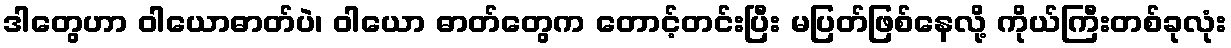
ဒါတွေဟာ ဝါယောဓာတ်ပဲ၊ ဝါယော ဓာတ်တွေက တောင့်တင်းပြီး မပြတ်ဖြစ်နေလို့ ကိုယ်ကြီးတစ်ခုလုံး